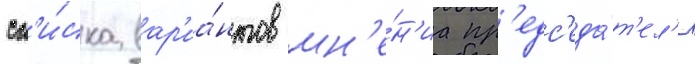
сп'и́ска вар'иа́нтов мн'е́н'иа пр'едс'еда́т'ел'я